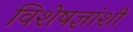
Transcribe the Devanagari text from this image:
विशेषज्ञांशी